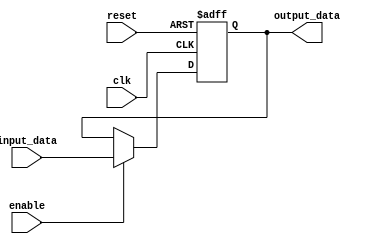
module RC_Delay(
    input wire clk,
    input wire reset,
    input wire enable,
    input wire [7:0] input_data,
    output reg [7:0] output_data
);

reg [7:0] internal_data;

always @(posedge clk or posedge reset) begin
    if (reset) begin
        internal_data <= 8'b0;
    end else if (enable) begin
        internal_data <= input_data;
    end
end

// RC Delay elements for introducing controlled delays in signal path
// Code to charge and discharge capacitor through a resistor

always @(posedge clk) begin
    // Your RC delay logic goes here
    // Delay logic can be adjusted based on application requirements
end

assign output_data = internal_data;

endmodule